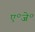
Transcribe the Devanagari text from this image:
ए॰जे॰